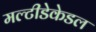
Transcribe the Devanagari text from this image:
मल्टीडेकेडल